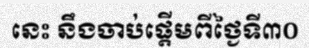
នេះ នឹងចាប់ផ្តើមពីថ្ងៃទី៣០